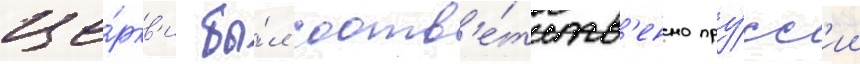
це́ркв'и бы́л соотв'е́тств'енно пру́сс'ии